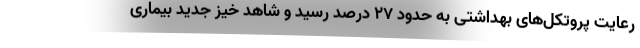
رعایت پروتکل‌های بهداشتی به حدود ۲۷ درصد رسید و شاهد خیز جدید بیماری